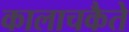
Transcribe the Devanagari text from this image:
कालाचकैते